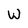
Character: W